Reports on military cantonments and civil stations in the Presidency of Bombay inspected by the Sanitary Commissioner in the years 1875 and 1876
Year: 1875
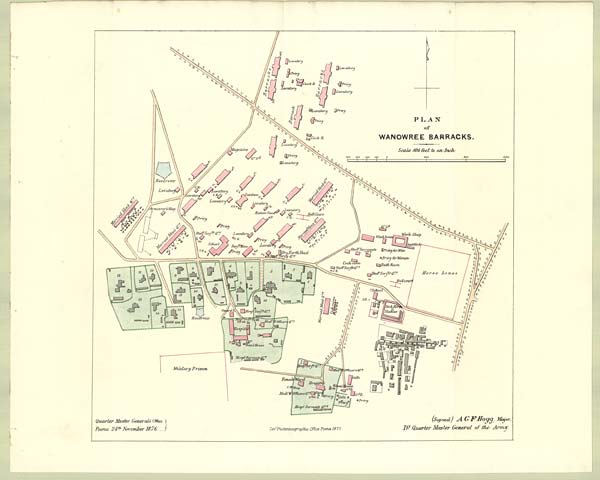
PLAN
of
WANOWREE BARRACKS.
Scale 400 feet to an Inch.
(Signed) AGF Hogg major,
Dy Quarter Master Gerteral of the Army.
Quarter Master General's Office
Poona, 24th November 1876....
C o
v t
P h o t o z i n c o g r a p h i c O f f i c e P o o n a 1 8 7 7 .